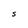
Character: S